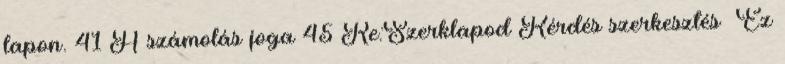
lapon. 41 A számolás joga 45 Re:Szerklapod Kérdés szerkesztés Ez